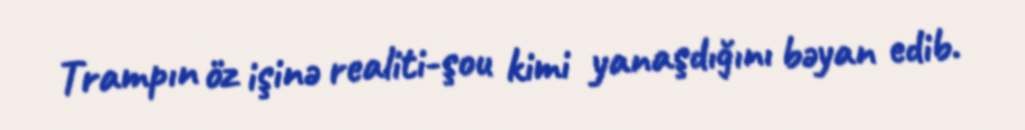
Trampın öz işinə realiti-şou kimi yanaşdığını bəyan edib.